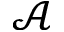
\mathcal { A }